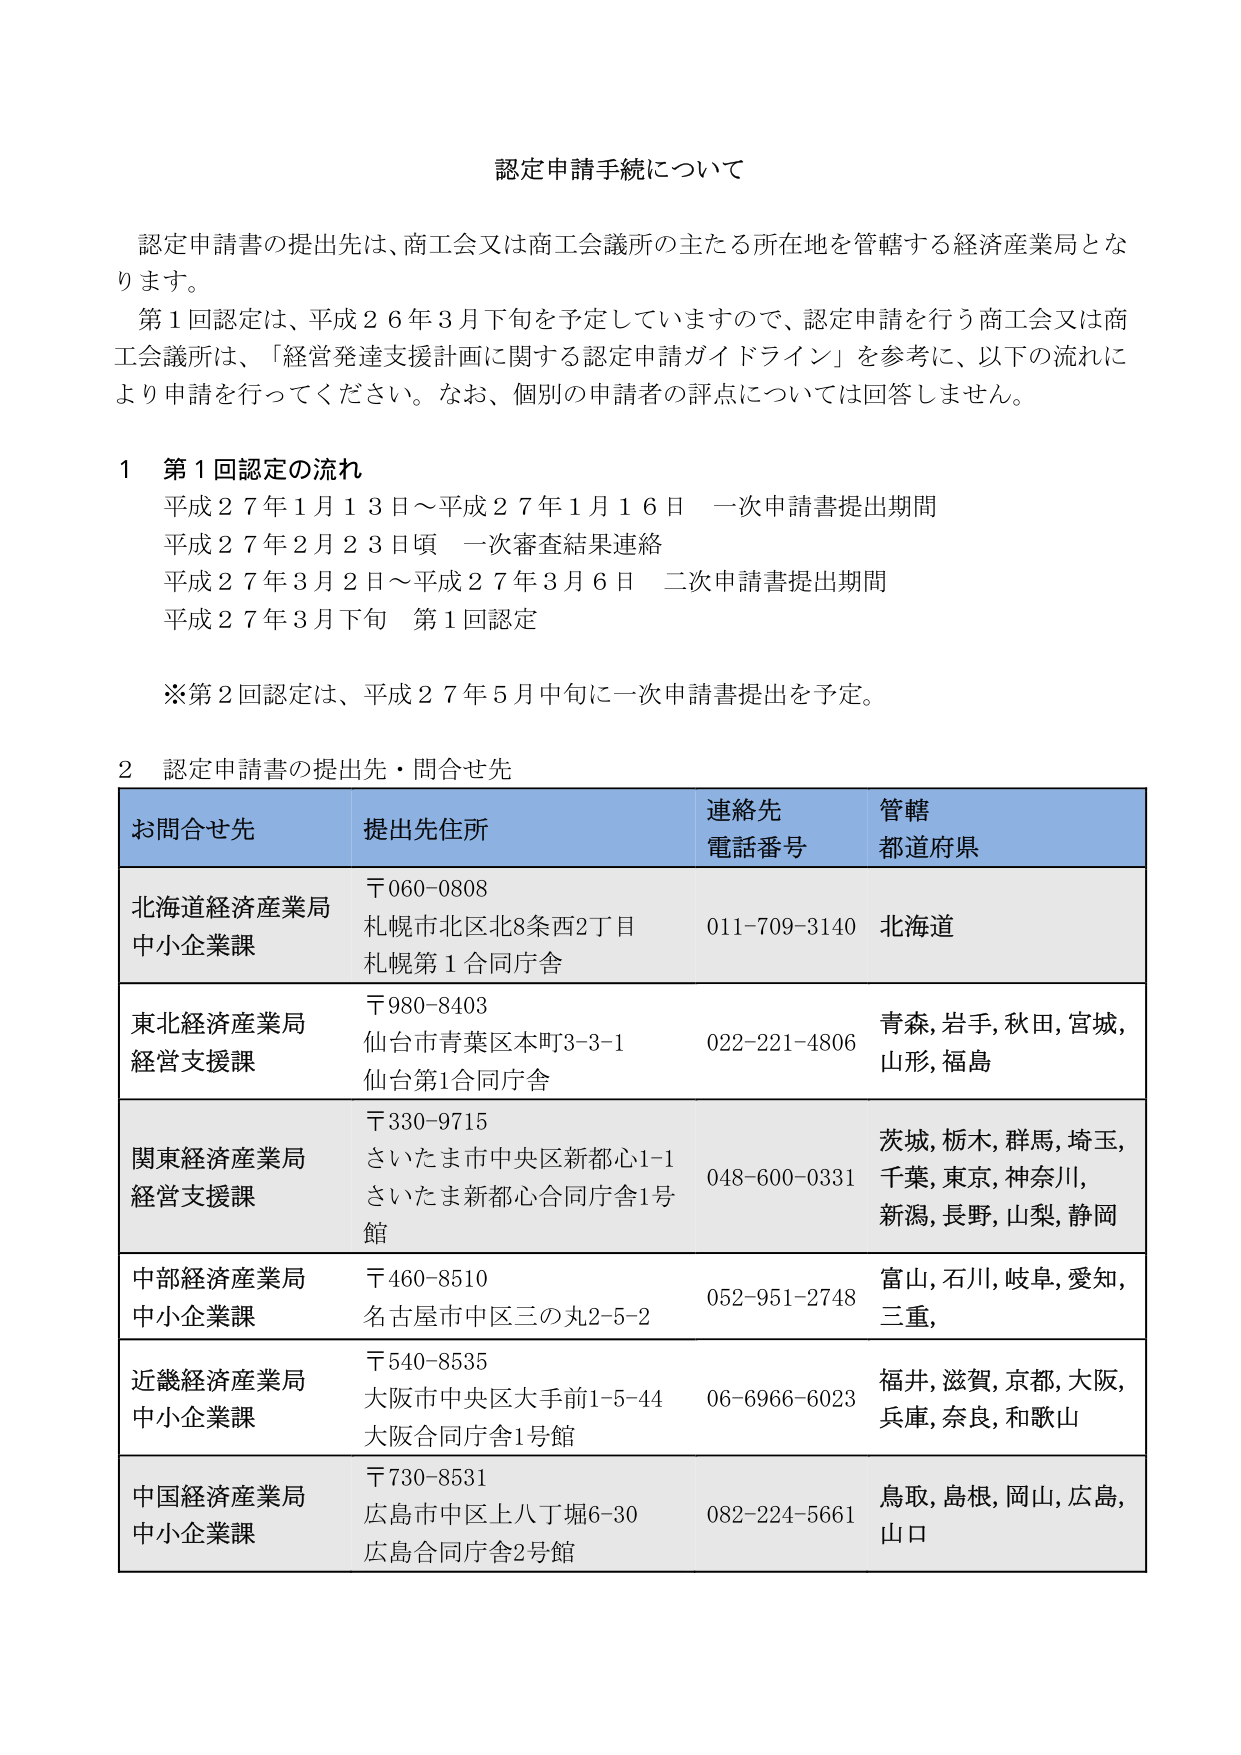
認定申請手続について

認定申請書の提出先は、商工会又は商工会議所の主たる所在地を管轄する経済産業局となります。
第1回認定は、平成26年3月下旬を予定していますので、認定申請を行う商工会又は商工会議所は、「経営発達支援計画に関する認定申請ガイドライン」を参考に、以下の流れにより申請を行ってください。なお、個別の申請者の評点については回答しません。

1 第1回認定の流れ
平成27年1月13日～平成27年1月16日 一次申請書提出期間
平成27年2月23日頃 一次審査結果連絡
平成27年3月2日～平成27年3月6日 二次申請書提出期間
平成27年3月下旬 第1回認定

※第2回認定は、平成27年5月中旬に一次申請書提出を予定。

2 認定申請書の提出先・問合せ先

お問合せ先　提出先住所　連絡先電話番号　管轄都道府県
北海道経済産業局中小企業課　〒060-0808 札幌市北区北8条西2丁目 札幌第1合同庁舎　011-709-3140　北海道
東北経済産業局経営支援課　〒980-8403 仙台市青葉区本町3-3-1 仙台第1合同庁舎　022-221-4806　青森, 岩手, 秋田, 宮城, 山形, 福島
関東経済産業局経営支援課　〒330-9715 さいたま市中央区新都心1-1 さいたま新都心合同庁舎1号館　048-600-0331　茨城, 栃木, 群馬, 埼玉, 千葉, 東京, 神奈川, 新潟, 長野, 山梨, 静岡
中部経済産業局中小企業課　〒460-8510 名古屋市中区三の丸2-5-2　052-951-2748　富山, 石川, 岐阜, 愛知, 三重
近畿経済産業局中小企業課　〒540-8535 大阪市中央区大手前1-5-44 大阪合同庁舎1号館　06-6966-6023　福井, 滋賀, 京都, 大阪, 兵庫, 奈良, 和歌山
中国経済産業局中小企業課　〒730-8531 広島市中区上八丁堀6-30 広島合同庁舎2号館　082-224-5661　鳥取, 島根, 岡山, 広島, 山口